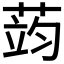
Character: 𮶪